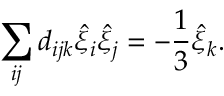
\sum _ { i j } d _ { i j k } \hat { \xi } _ { i } \hat { \xi } _ { j } = - \frac { 1 } { 3 } \hat { \xi } _ { k } .